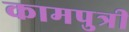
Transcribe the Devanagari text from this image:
कामपुत्री